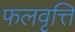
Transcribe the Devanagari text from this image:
फलवृत्ति